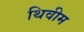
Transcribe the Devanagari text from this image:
थिवीम